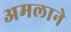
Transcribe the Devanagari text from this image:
अमलाने